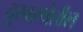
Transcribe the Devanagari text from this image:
दुरवस्थेतील